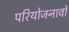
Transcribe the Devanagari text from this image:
परियोजनावों